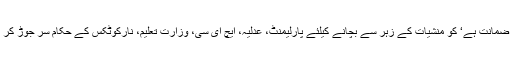
انہوں نے تجویز دی کہ نوجوان نسل جو پاکستان کے خوشحال مستقبل کی ضمانت ہے‘ کو منشیات کے زہر سے بچانے کیلئے پارلیمنٹ، عدلیہ، ایچ ای سی، وزارت تعلیم، نارکوٹکس کے حکام سر جوڑ کر بیٹھیں اور اس حوالے سے ایک جامع قومی پالیسی کی تشکیل ناگزیر ہے۔